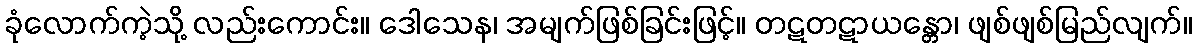
ခုံလောက်ကဲ့သို့ လည်းကောင်း။ ဒေါသေန၊ အမျက်ဖြစ်ခြင်းဖြင့်။ တဋတဋာယန္တော၊ ဖျစ်ဖျစ်မြည်လျက်။